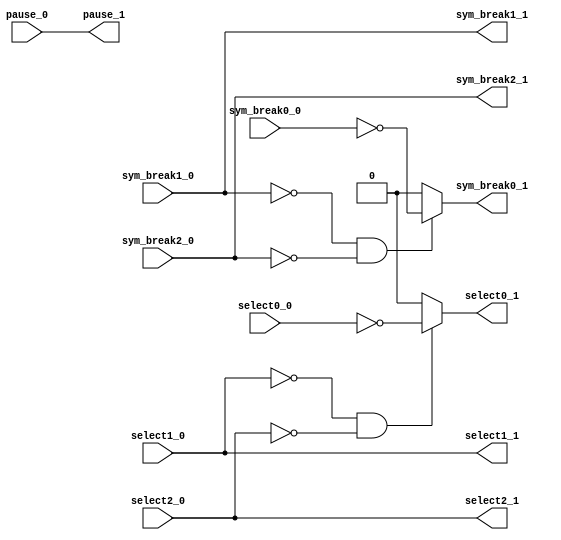
module strategy(input sym_break0_0, input sym_break1_0, input sym_break2_0, input select0_0, input select1_0, input select2_0, input pause_0, output sym_break0_1, output sym_break1_1, output sym_break2_1, output select0_1, output select1_1, output select2_1, output pause_1);
    assign sym_break0_1 = ((! sym_break1_0) && (! sym_break2_0)) ? (! sym_break0_0) : 1'b 0 ;
    assign sym_break1_1 = sym_break1_0;
    assign sym_break2_1 = sym_break2_0;
    assign select0_1= ((! select1_0) && (! select2_0)) ? (! select0_0) : 1'b 0 ;
    assign select1_1 = select1_0;
    assign select2_1 = select2_0;
	assign pause_1 = pause_0;
endmodule

// And (And (And (And 
//   (Eq (AP \"sym_break<2>\" 0) (AP \"sym_break<2>\" 1)) 
//   (Eq (AP \"sym_break<1>\" 0) (AP \"sym_break<1>\" 1))) 
// (And (And (And 
//   (Implies (AP \"sym_break<2>\" 0) (And (Neg (AP \"sym_break<1>\" 0)) (Neg (AP \"sym_break<0>\" 0)))) 
//   (Implies (AP \"sym_break<2>\" 1) (And (Neg (AP \"sym_break<1>\" 1)) (Neg (AP \"sym_break<0>\" 1))))) 
// (And 
//   (Implies (AP \"sym_break<1>\" 0) (Neg (AP \"sym_break<0>\" 0))) 
//   (Implies (AP \"sym_break<1>\" 1) (Neg (AP \"sym_break<0>\" 1))))) 
// (Implies (And (Neg (AP \"sym_break<2>\" 0)) (Neg (AP \"sym_break<1>\" 0))) (Neq (AP \"sym_break<0>\" 0) (AP \"sym_break<0>\" 1))))) 
// (And (And 
//   (Eq (AP \"select<2>\" 0) (AP \"select<2>\" 1)) 
//   (Eq (AP \"select<1>\" 0) (AP \"select<1>\" 1))) 
// (And (And (And 
//   (Implies (AP \"select<2>\" 0) (And (Neg (AP \"select<1>\" 0)) (Neg (AP \"select<0>\" 0)))) 
//   (Implies (AP \"select<1>\" 1) (And (Neg (AP \"select<1>\" 1)) (Neg (AP \"select<0>\" 1))))) 
// (And 
//   (Implies (AP \"select<1>\" 0) (Neg (AP \"select<0>\" 0))) 
//   (Implies (AP \"select<2>\" 1) (Neg (AP \"select<0>\" 1))))) 
// (Implies (And (Neg (AP \"select<2>\" 0)) (Neg (AP \"select<1>\" 0))) (Neq (AP \"select<0>\" 0) (AP \"select<0>\" 1)))))) 

// (Eq (AP \"pause\" 0) (AP \"pause\" 1))